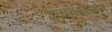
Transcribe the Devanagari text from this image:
ज्ञानप्रभाप्रदानेन